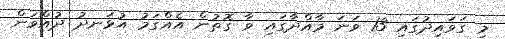
މި ގަވައިދުގައި 13 ވަނަ މާއްދާގައި ވާ ގޮތުން އެއްގަމު އުޅަނދު ދުއްވަން